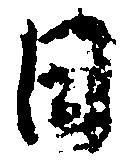
日